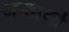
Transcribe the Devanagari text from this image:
अन्ताओ